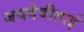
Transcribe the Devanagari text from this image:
जयदेवीताई